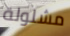
مشلولة